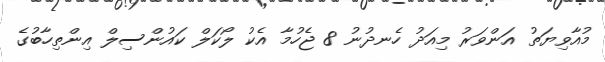
މުއާވިޔަތު އަންވަރު މިއަދު ހެނދުނު 8 ޖެހުމާ އެކު ލޯކަލް ކައުންސިލް އިންތިހާބުގެ